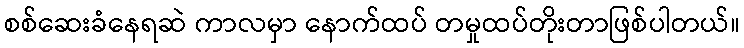
စစ်ဆေးခံနေရဆဲ ကာလမှာ နောက်ထပ် တမှုထပ်တိုးတာဖြစ်ပါတယ်။